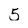
Character: 5